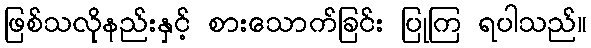
ဖြစ်သလိုနည်းနှင့် စားသောက်ခြင်း ပြုကြ ရပါသည်။